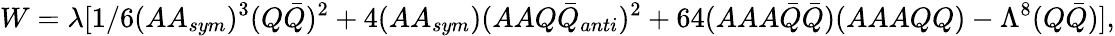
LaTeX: W=\lambda[1/6(AA_{sym})^{3}(Q{\bar{Q}})^{2}+4(AA_{sym})(AAQ{\bar{Q}}_{anti})^{2}+64(AAA{\bar{Q}}{\bar{Q}})(AAAQQ)-\Lambda^{8}(Q{\bar{Q}})],